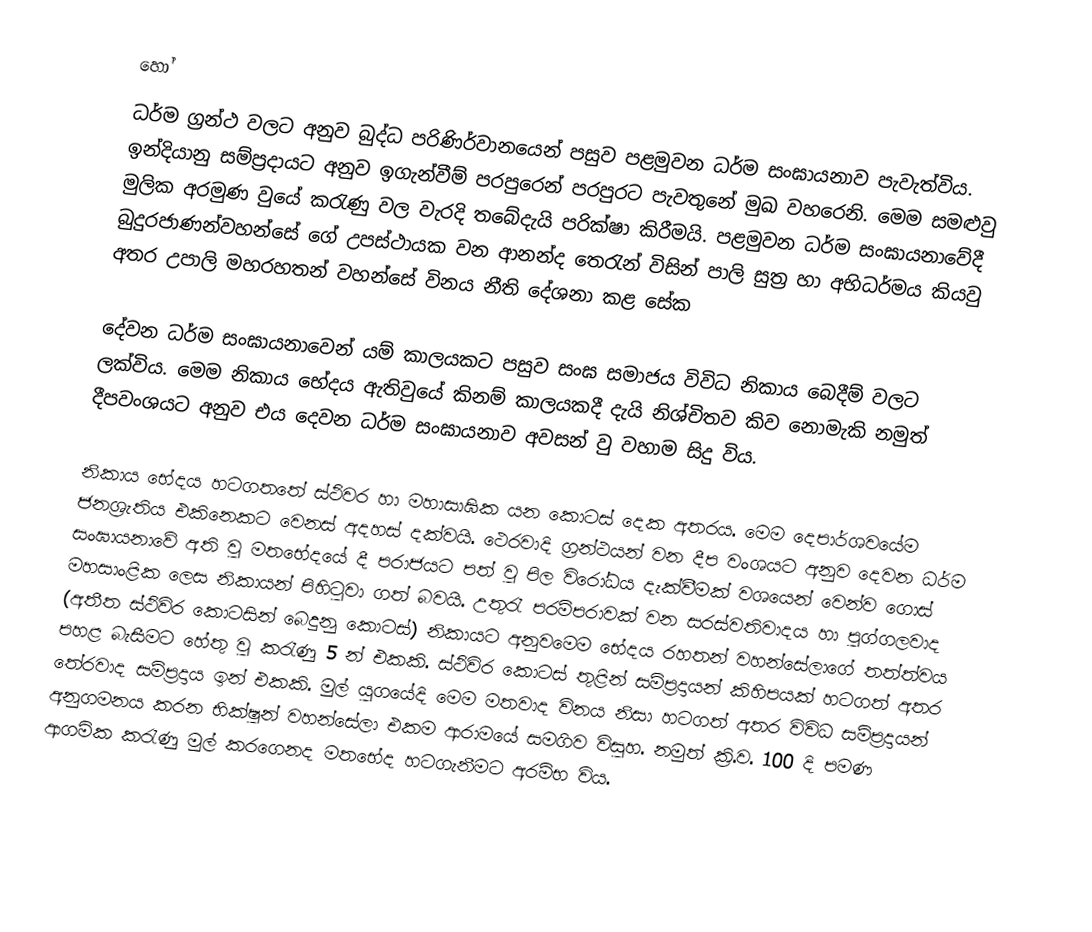
හෝ
ධර්ම ග්‍රන්ථ වලට අනුව බුද්ධ පරිණිර්වානයෙන් පසුව පළමුවන ධර්ම සංඝායනාව පැවැත්විය. ඉන්දියානු සම්ප්‍රදායට අනුව ඉගැන්වීම් පරපුරෙන් පරපුරට පැවතුනේ මුඛ වහරෙනි. මෙම සමළුවු මුලික අරමුණ වුයේ කරැණු වල වැරදි තබේදැයි පරික්ෂා කිරීමයි. පළමුවන ධර්ම සංඝායනාවේදී බුදුරජාණන්වහන්සේ ‍ගේ උපස්ථායක වන ආනන්ද තෙරැන් විසින් පාලි සුත්‍ර හා අභිධර්මය කියවු අතර උපාලි මහරහතන් වහන්සේ විනය නීති දේශනා කළ සේක

දේවන ධර්ම සංඝායනාවෙන් යම් කාලයකට පසුව සංඝ සමාජය විවිධ නිකාය බෙදීම් වලට  ලක්විය. මෙම නිකාය භේදය ඇතිවුයේ කිනම් කාලයකදී දැයි නිශ්චිතව කිව නොමැකි නමුත් දීපවංශයට අනුව එය දෙවන ධර්ම සංඝායනාව අවසන් වු වහාම සිදු විය.

නිකාය භේදය හටගතතේ ස්ථිවර හා මහාසාඝික යන කොටස් දෙක අතරය. මෙම දෙපාර්ශවයේම ජනශ්‍රැතිය එකිනෙකට වෙනස් අදහස් දක්වයි. ථෙරවාදි ග්‍රන්ථයන් වන දීප වංශයට අනුව දෙවන ධර්ම සංඝායනාවේ අති වු මතභේදයේ දී පරාජයට පත් වු පිල විරෝධය දැක්වීමක් වශයෙන් වෙන්ව ගොස් මහසාංළික ලෙස නිකායන් පිහිටුවා ගත් බවයි. උතුරැ පරම්පරාවක්  වන සරස්වතිවාදය  හා පුග්ගලවාද (අතීත ස්ථිවිර කොටසින් බෙදුනු කොටස්) නිකායට අනුවමෙම භේදය රහතන් වහන්සේලාගේ තත්ත්වය පහළ බැසීමට හේතු වු කරැණු 5 න් එකකි. ස්ථිවිර කොටස් තුළින් සම්ප්‍රදායන් කිහිපයක් හටගත් අතර තේරවාද සම්ප්‍රදාය ඉන් එකකි. මුල් යුගයේදි මෙම මතවාද විනය නිසා හටගත් අතර විවිධ සම්ප්‍රදායන් අනුගමනය කරන භික්ෂුන් වහන්සේලා එකම ආර‍ාමයේ සමගිව විසුහ. නමුත් ක්‍රි.ව. 100 දි පමණ ආගමික කරැණු මුල් කරගෙනද මතභේද හටගැනීමට අරම්භ විය.